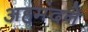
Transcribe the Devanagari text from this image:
अहमंदने